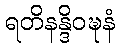
ရတိနန္ဒိဝဍ္ဎနံ